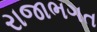
રાજાભગત